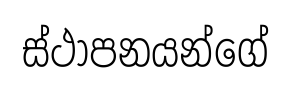
ස්ථාපනයන්ගේ